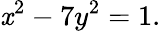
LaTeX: \mathit{x}^{2}-7y^{2}=1.